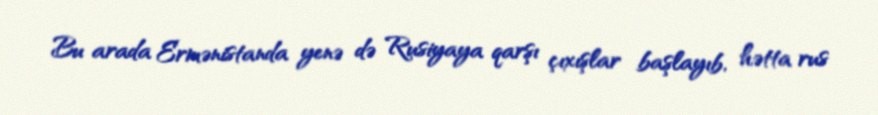
Bu arada Ermənistanda yenə də Rusiyaya qarşı çıxışlar başlayıb, hətta rus